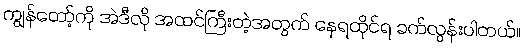
ကျွန်တော့်ကို အဲဒီလို အထင်ကြီးတဲ့အတွက် နေရထိုင်ရ ခက်လွန်းပါတယ်။